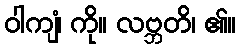
ဝါကျံ၊ ကို။ လဗ္ဘတိ၊ ၏။